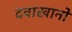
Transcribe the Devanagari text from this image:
दवाखानों